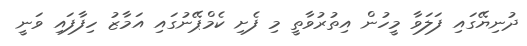
ދުނިޔޭގައި ފަލަވާ މީހުން އިތުރުވާތީ މި ފެށި ކެމްޕޭނުގައި އަމާޒު ހިފާފައި ވަނީ